Indian journal of veterinary science and animal husbandry - Volumes 15-17, 1948-1951
Year: 1948
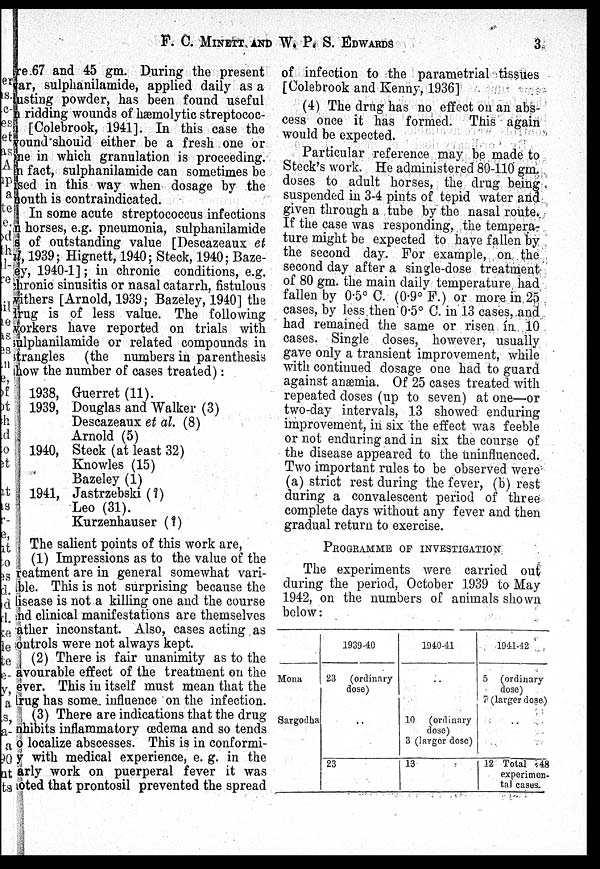
F. C. MINETT, AND W. P. S. EDWARDS
3
re 67 and 45 gm. During the present
var, sulphanilamide, applied daily as a
lusting powder, has been found useful
n ridding wounds of hæmolytic streptococ-
[Colebrook, 1941]. In this case the
ound should either be a fresh one or
one in which granulation is proceeding.
in fact, sulphanilamide can sometimes be
used in this way when dosage by the
mouth is contraindicated.
In some acute streptococcus infections
n horses, e.g. pneumonia, sulphanilamide
s of outstanding value [Descazeaux et
al, 1939; Hignett, 1940; Steck, 1940; Baze-
ey, 1940-1]; in chronic conditions, e.g.
chronic sinusitis or nasal catarrh, fistulous
withers [Arnold, 1939; Bazeley, 1940] the
drug is of less value. The following
workers have reported on trials with
sulphanilamide or related compounds in
strangles (the numbers in parenthesis
show the number of cases treated):
1938,
1939,
1940,
1941,
Guerret (11).
Douglas and Walker (3)
Descazeaux et al. (8)
Arnold (5)
Steck (at least 32)
Knowles (15)
Bazeley (1)
Jastrzebski (?)
Leo (31).
Kurzenhauser (?)
The salient points of this work are,
(1) Impressions as to the value of the
treatment are in general somewhat vari-
able. This is not surprising because the
disease is not a killing one and the course
and clinical manifestations are themselves
ather inconstant. Also, cases acting as
controls were not always kept.
(2) There is fair unanimity as to the
avourable effect of the treatment on the
ever. This in itself must mean that the
drug has some influence on the infection.
(3) There are indications that the drug
nhibits inflammatory œdema and so tends
o localize abscesses. This is in conformi-
y with medical experience, e. g. in the
arly work on puerperal fever it was
noted that prontosil prevented the spread
of infection to the parametrial tissues
[Colebrook and Kenny, 1936]
(4) The drug has no effect on an abs-
cess once it has formed. This again
would be expected.
Particular reference may be made to
Steck's work. He administered 80-110 gm.
doses to adult horses, the drug being
suspended in 3-4 pints of tepid water and
given through a tube by the nasal route.
If the case was responding, the tempera-
ture might be expected to have fallen by
the second day. For example, on the
second day after a single-dose treatment
of 80 gm. the main daily temperature had
fallen by 0.5º C. (0.9º F.) or more in 25
cases, by less then 0.5º C. in 13 cases, and
had remained the same or risen in 10
cases. Single doses, however, usually
gave only a transient improvement, while
with continued dosage one had to guard
against anæmia. Of 25 cases treated with
repeated doses (up to seven) at one—or
two-day intervals, 13 showed enduring
improvement, in six the effect was feeble
or not enduring and in six the course of
the disease appeared to the uninfluenced.
Two important rules to be observed were
(a) strict rest during the fever, (b) rest
during a convalescent period of three
complete days without any fever and then
gradual return to exercise.
PROGRAMME OF INVESTIGATION
The experiments were carried out
during the period, October 1939 to May
1942, on the numbers of animals shown
below:
Mona
Sargodha
1939-40
23 (ordinary
dose)
23
1940-41
10 (ordinary
dose)
3 (larger dose)
13
1941-42
5 (ordinary
dose)
7 (larger dose)
..
12 Total 48
experimen-
tal cases.